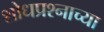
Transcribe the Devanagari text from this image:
शोधप्रश्नाच्या